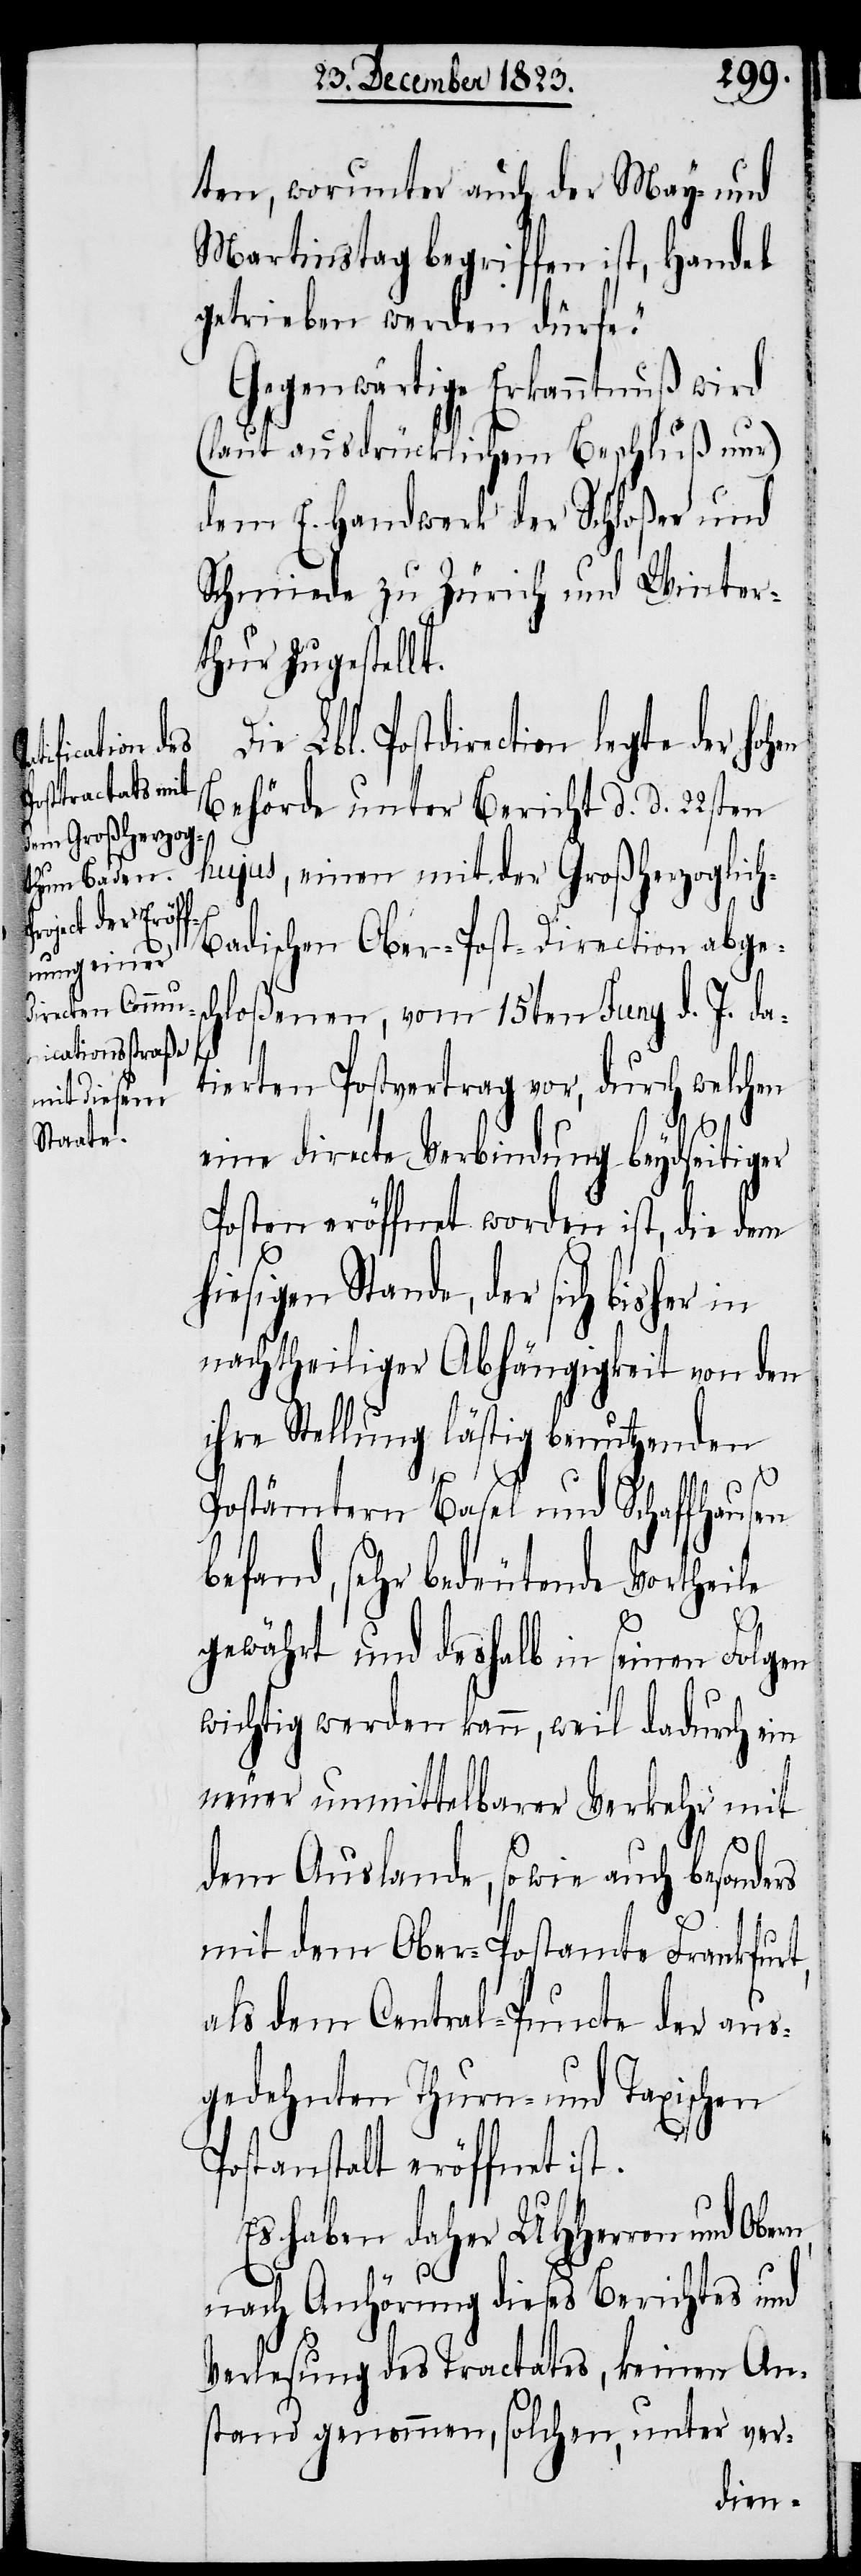
ten, worunter auch der May- und
Martinstag begriffen ist, Handel
getrieben werden dürfe.“
Gegenwärtige Erkanntnuß wird
(laut ausdrücklichem Beschluß nur)
dem E. Handwerk der Schloßer und
Schmiede zu Zürich und Winter¬
thur zugestellt.
Die Lbl. Postdirection legte der
Behörde unter Bericht d. d. 22sten
hujus, einen mit der Großherzoglic¬
adischen Ober-Post-Direction abges¬
chloßenen, vom 15ten Juny d. J. da¬
tierten Postvertrag vor, durch welchen
eine directe Verbindung beydseitiger
Posten eröffnet worden ist, die dem
hiesigen Stande der sich bisher in
nachtheiliger Abhängigkeit von den
ihre Stellung lästig benutzenden
Postämtern Basel und Schaffhausen
befand, sehr bedeutende Vortheile
gewährt und deshalb in seinen Folgen
wichtig werden kann, weil dadurch ein
neuer unmittelbarer Verkehr mit
dem Auslande, so wie auch besonders
mit dem Ober-Postamte Frankfurt,
als dem Central-Puncte der aus¬
gedehnten Thurn- und Taxischen
Postanstalt eröffnet ist.
Es haben daher UHHerren und Obern,
nach Anhörung dieses Berichtes und
Verlesung des Tractates, keinen An¬
stand genommen, solchen, unter ver-

h-B¬